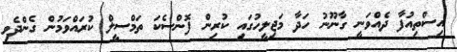
އިސްތިއުފާ ދެއްވަނީ ގާނޫނު ހަދާ މަޖިލީހުގައި ކުރިން ފޮންސެކަ ތަމްސީލް ކުރައްވަމުން ގެންދެވި